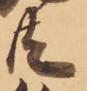
共